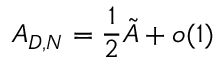
{ \cal A } _ { D , N } = \frac 1 2 \tilde { \cal A } + o ( 1 )